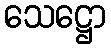
သေဋ္ဌော